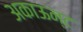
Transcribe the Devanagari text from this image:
अकाऊन्ट